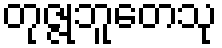
တုဇ္ဇုဘူတေသု